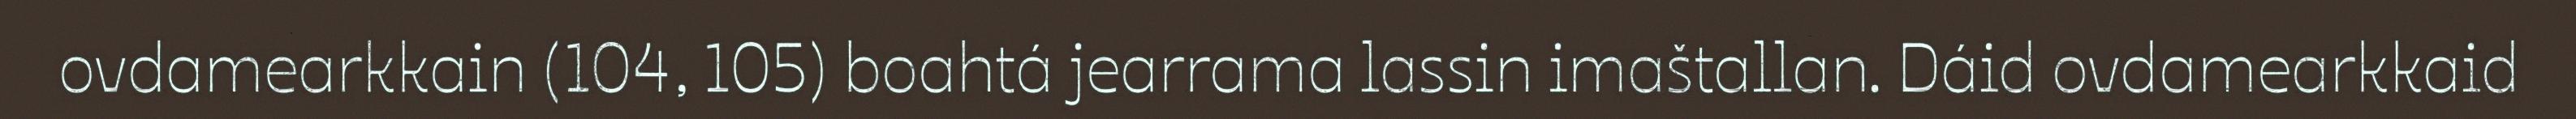
ovdamearkkain (104, 105) boahtá jearrama lassin imaštallan. Dáid ovdamearkkaid